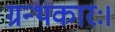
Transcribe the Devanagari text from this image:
ग्रन्थकारः।